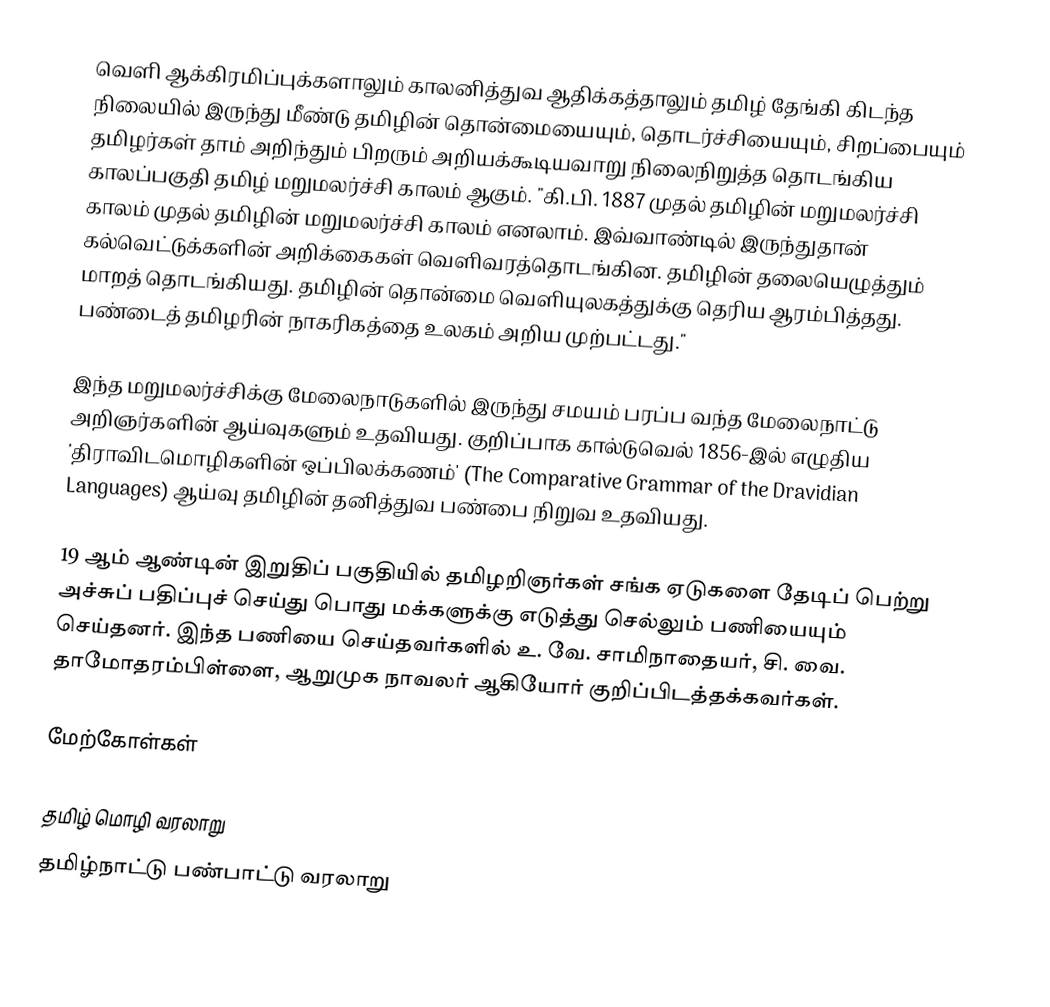
வெளி ஆக்கிரமிப்புக்களாலும் காலனித்துவ ஆதிக்கத்தாலும் தமிழ் தேங்கி கிடந்த நிலையில் இருந்து மீண்டு தமிழின் தொன்மையையும், தொடர்ச்சியையும், சிறப்பையும் தமிழர்கள் தாம் அறிந்தும் பிறரும் அறியக்கூடியவாறு நிலைநிறுத்த தொடங்கிய காலப்பகுதி தமிழ் மறுமலர்ச்சி காலம் ஆகும்.  "கி.பி. 1887 முதல் தமிழின் மறுமலர்ச்சி காலம் முதல் தமிழின் மறுமலர்ச்சி காலம் எனலாம்.  இவ்வாண்டில் இருந்துதான் கல்வெட்டுக்களின் அறிக்கைகள் வெளிவரத்தொடங்கின.  தமிழின் தலையெழுத்தும் மாறத் தொடங்கியது.  தமிழின் தொன்மை வெளியுலகத்துக்கு தெரிய ஆரம்பித்தது.  பண்டைத் தமிழரின் நாகரிகத்தை உலகம் அறிய முற்பட்டது."

இந்த மறுமலர்ச்சிக்கு மேலைநாடுகளில் இருந்து சமயம் பரப்ப வந்த மேலைநாட்டு அறிஞர்களின் ஆய்வுகளும் உதவியது.  குறிப்பாக கால்டுவெல் 1856-இல் எழுதிய 'திராவிடமொழிகளின் ஒப்பிலக்கணம்' (The Comparative Grammar of the Dravidian Languages) ஆய்வு தமிழின் தனித்துவ பண்பை நிறுவ உதவியது.

19 ஆம் ஆண்டின் இறுதிப் பகுதியில் தமிழறிஞர்கள் சங்க ஏடுகளை தேடிப் பெற்று அச்சுப் பதிப்புச் செய்து பொது மக்களுக்கு எடுத்து செல்லும் பணியையும் செய்தனர். இந்த பணியை செய்தவர்களில் உ. வே. சாமிநாதையர்,  சி. வை. தாமோதரம்பிள்ளை, ஆறுமுக நாவலர் ஆகியோர் குறிப்பிடத்தக்கவர்கள்.

மேற்கோள்கள்

தமிழ் மொழி வரலாறு
தமிழ்நாட்டு பண்பாட்டு வரலாறு